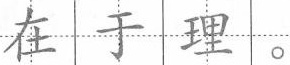
在于理。